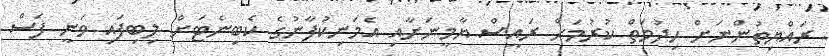
ރައްޔިތުންނަށް ހިދުމަތް ކުރުމަށް ރައީސް ޔާމީނަށާއި އެމަނިކުފާނުގެ ކެބިނެޓަށް ލިބިފައި ވަނީ ފަސް